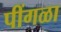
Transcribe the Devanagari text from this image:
पींगळा